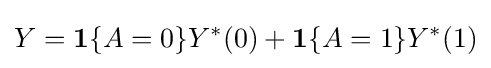
Y=\mathbf {1} \{A=0\}Y^{\ast }(0)+\mathbf {1} \{A=1\}Y^{\ast }(1)